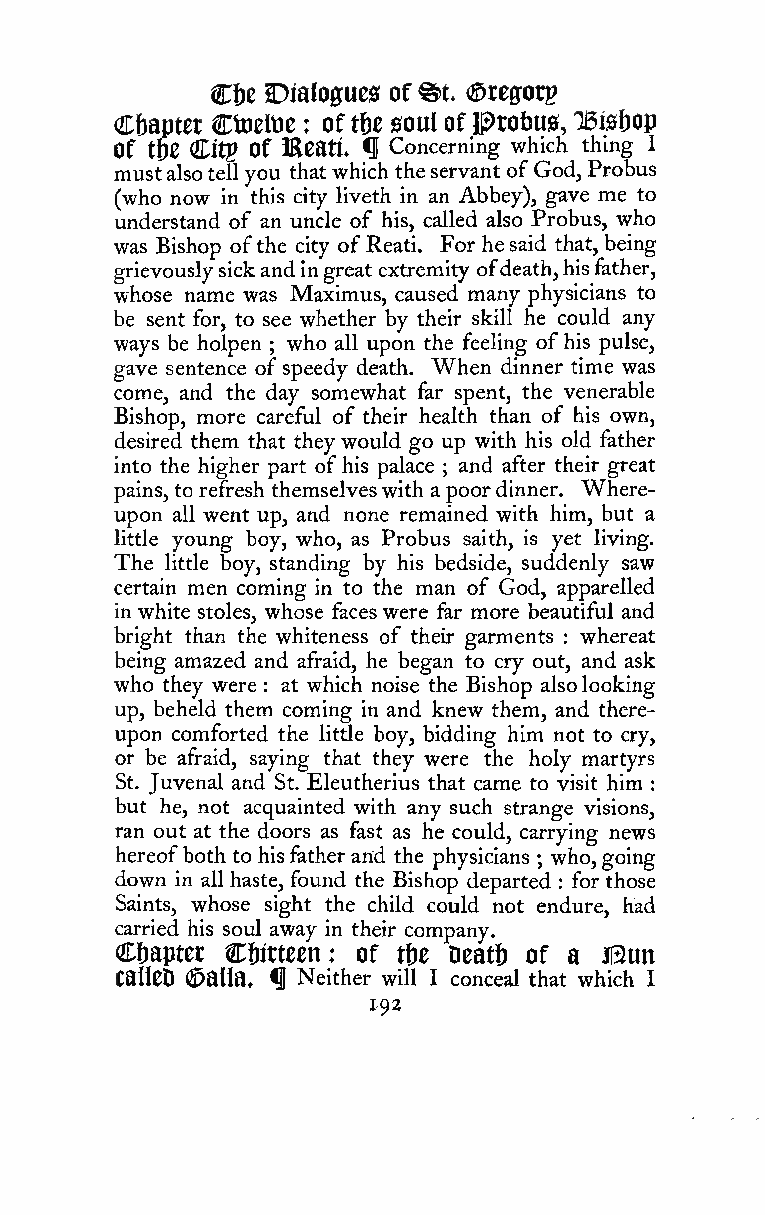
Cf)e Dialogues of ®t. ©refforp
 C&ampter Ctoeltie oft&e 0oul oflProt)U0, IBisbop
 :
 of   dLitj^ of Eeati. f Concerning which thing I
 mustalsotellyou thatwhich theservant ofGod,Probus
 (who now in this city liveth in an Abbey), gave me to
 understand of an uncle of his, called also Probus, who
 was Bishop ofthe city ofReati. For hesaid that, being
 grievouslysickandingreat extremity ofdeath,hisfather,
 whose name was Maximus, caused many physicians to
 be sent for, to see whether by their skill he could any
 ways be holpen who all upon the feeling ofhis pulse,
 ;
 gave sentence of speedy death. "When dinner time was
 come, and the day somewhat far spent, the venerable
 Bishop, more careful of their health than of his own,
 desired them that theywould go up with his old father
 into the higher part ofhis palace and after their great
 ;
 pains, to refresh themselveswith a poordinner. Where-
 upon all went up, and none remained with him, but a
 little young boy, who, as Probus saith, is yet living.
 The little boy, standing by his bedside, suddenly saw
 certain men coming in to the man of God, apparelled
 in white stoles, whose faces were far more beautiful and
 bright than the whiteness of their garments whereat
 :
 being amazed and afraid, he began to cry out, and ask
 who they were at which noise the Bishop alsolooking
 :
 up, beheld them coming in and knew them, and there-
 upon comforted the little boy, bidding him not to cry,
 or be afraid, saying that they were the holy martyrs
 St. Juvenal and St. Eleutherius that came to visit him
 :
 but he, not acquainted with any such strange visions,
 ran out at the doors as fast as he could, carrying news
 hereofboth to hisfatherarid the physicians who,going
 ;
 down in all haste, found the Bishop departed for those
 :
 Saints, whose sight the child could not endure, had
 carried his soul away in their company.
 Cf)aptet C&itteen: of tfiz DeatI) of a Bun
 CalleD ©alia, ^ Neither will I conceal that which I
 192